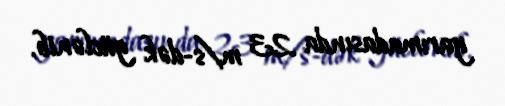
yarımadasında 23 m/s-dək güclənib.